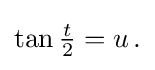
{\textstyle \tan {\frac {t}{2}}=u\,.}